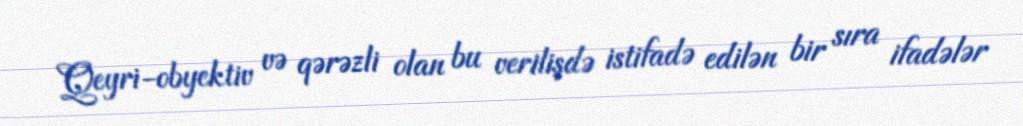
Qeyri-obyektiv və qərəzli olan bu verilişdə istifadə edilən bir sıra ifadələr